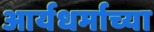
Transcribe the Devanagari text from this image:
आर्यधर्माच्या